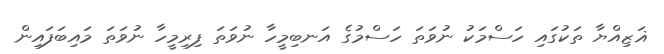
ޣަޒިއްޔާ ތަކުގައި ހަސްމަކު ނުވަތަ ހަސްމުގެ އަނބިމީހާ ނުވަތަ ފިރިމީހާ ނުވަތަ މައިބަފައިން